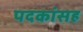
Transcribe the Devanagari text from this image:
पदकांसह